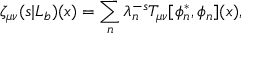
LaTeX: \zeta _ { \mu \nu } ( s | L _ { b } ) ( x ) = \sum _ { n } \lambda _ { n } ^ { - s } T _ { \mu \nu } [ \phi _ { n } ^ { * } , \phi _ { n } ] ( x ) ,